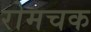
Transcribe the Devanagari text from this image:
रोमचक